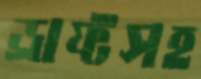
ড্রাফ্টসহ